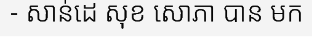
- សាន់ដេ សុខ សោភា បាន មក